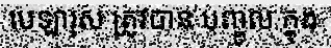
បេឡារុស ត្រូវបាន បញ្ចូល ក្នុង